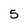
Character: 5